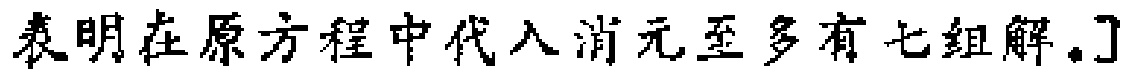
表明在原方程中代入消元至多有七组解。]